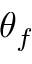
\theta _ { f }